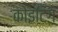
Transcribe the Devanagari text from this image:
कोइटिंग